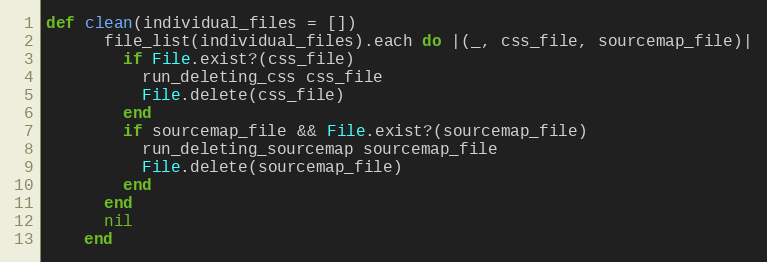
Language: Ruby
def clean(individual_files = [])
      file_list(individual_files).each do |(_, css_file, sourcemap_file)|
        if File.exist?(css_file)
          run_deleting_css css_file
          File.delete(css_file)
        end
        if sourcemap_file && File.exist?(sourcemap_file)
          run_deleting_sourcemap sourcemap_file
          File.delete(sourcemap_file)
        end
      end
      nil
    end